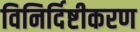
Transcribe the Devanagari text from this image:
विनिर्दिष्टीकरण